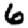
Digit: 6